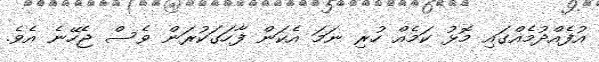
އުފެއްދުމެއްގައި މޮޅު ކަމެއް ހުރި ނަމަ އެކަން ފާހަގަކުރަން ވެސް ޖެހޭނެ އެވެ.